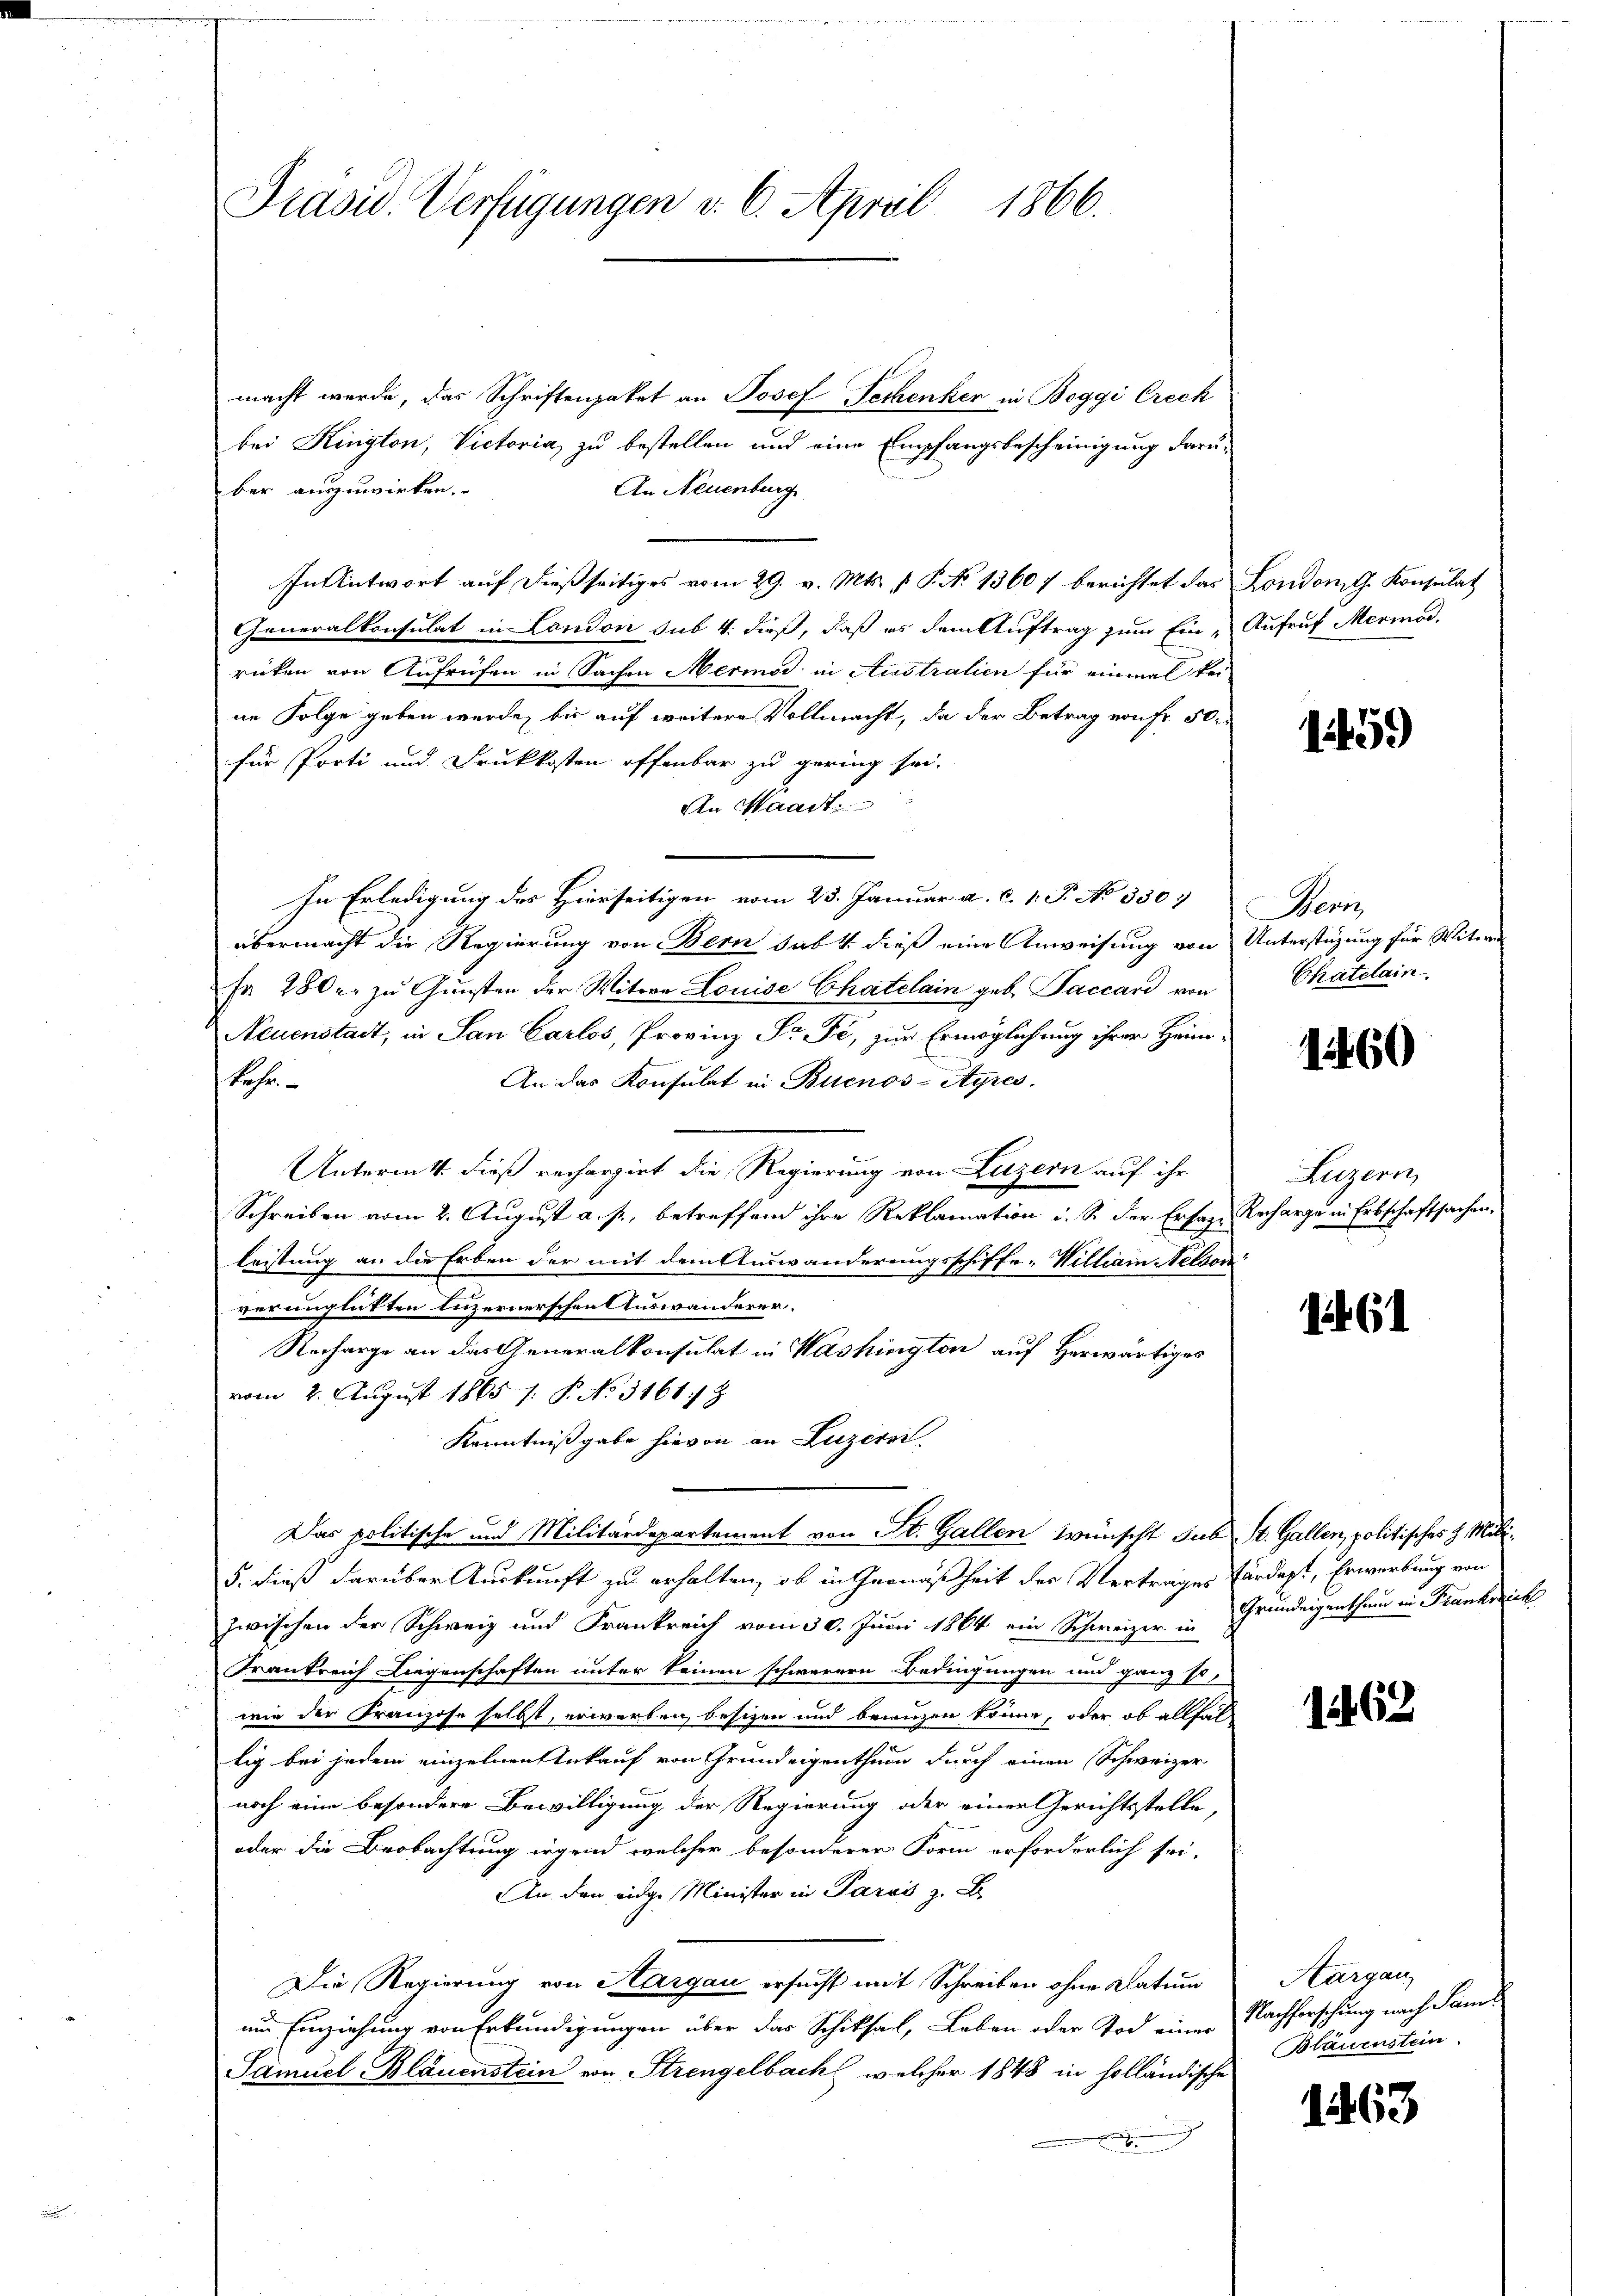
Präsid. Verfügungen v. 6. April 1866.

macht werde, das Schriftenpaket an Josef Techenker in Beggi Crech
bei Kington, Victoria, zu bestellen und eine Empfangsbescheinigung darüber auszuwirken.
An Neuenburg
In Antwort auf dießseitiges vom 29. v. Mts. v. P. No 13607 berichtet das Londonit. Konsulat
Generalkonsulat in London sub 4. dieß, daß es dem Auftrag zum Ein- Aufruf Merinod.
rücken von Aufrufen in Sachen Mermod in Australien für einmal kei-
ne Folge geben werde, bis auf weitere Vollmacht, da der Betrag von Fr. 50.
für Porti und Druckkosten offenbar zu gering sei.
An Waadt
In Erledigung des Hierseitigen vom 23. Januar a. c. 1. P. No 330.
übermacht die Regierung von Bern sub 4 dieß eine Anweisung von Unterstüzung für Witwe
Fr. 280 er zŭ Gŭnsten der Witwe Louise Chatelain geb. Paccari von Chatelain
Neuenstadt, in San Carlos, Provinz Fr. Si, zur Ermöglichung ihrer Heim-
Lehen
An das Konsulat in Buenos-Ayres.
Untermitt. dieß rechargirt die Regierung von Luzern auf ihr
Schreiben vom 2. August a. p., betreffend ihre Reklamation u. S. der Ersage Recharge in Erbschaftsachen,
leistung an die Erben der mit dem Auswanderungsschiffe. William Nelson
verunglückten Luzernerschen Auswanderer.
Recharge an das Generalkonsulat in Washington auf Herwärtiges
vom 2. August 1865 s: P. No. 3161: Z
Kenntnißgabe hievon an Luzern
Das politische und Militärdepartement von St. Gallen wünscht sub St. Gallen, politisches H. Mili¬
5. dieß darüber Auskunft zu erhalten, ob in Gemäßheit der Vertrages fürdept, Erwerbung von
zwischen der Schweiz und Frankreich vom 30. Juni 1864 ein Schweizer in Grundeigenthum in Franknick
Frankreich Liegenschaften unter keinen schwerere Bedingungen und ganz so,
wie der Franzose selbst, erwerben, besizen und bewegen könne, oder, ob allfäl
lig bei jedem einzelnen Ankauf von Grundeigenthum durch einen Schweizer
noch eine besondere Bewilligung der Regierung oder einer Gerichtsstelle,
oder die Beobachtung irgend welcher besonderer Form erforderlich sei.
An den eidge Minister in Paraś z. B.
Die Regierung von Aargau ersucht mit Schreiben ohne Datum
um Einziehung von Erkundigungen über das Schiksal, Leben oder Tod einer
Samuel Bläuenstein von Strengelbach, welcher 1848 in holländische

1459

Benz

1460

Luzern,

6

1462

Aargau,
Nachforschung nach Saml
Blauenstein

1463